Statistical return of the lunatic asylum in Assam - 1912-1932
Year: 1912
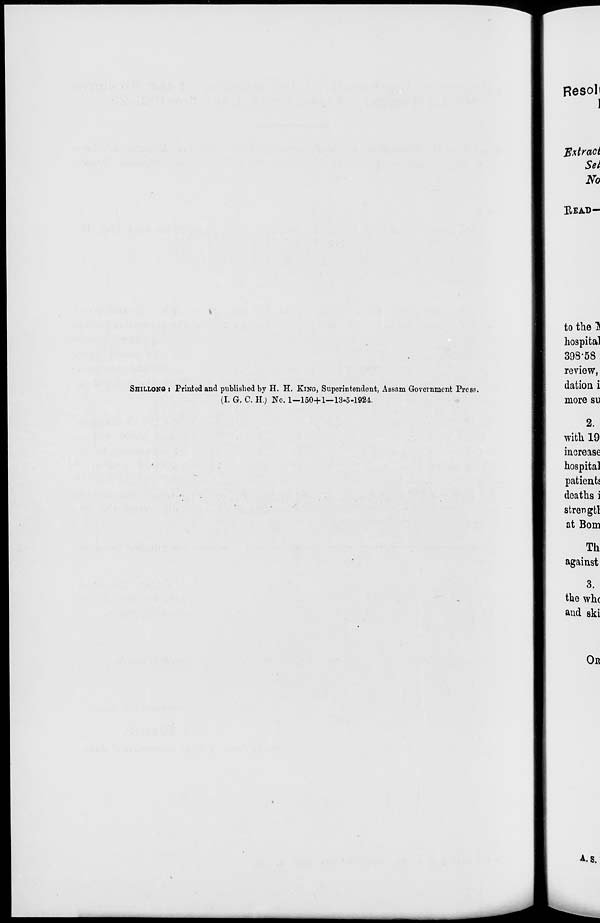
SHILLONO : Printed and published by H. H. KINO, Superintendent, Assam Government Press.
(I. G. C. H.) No. 1—150+1—13-5-1924.